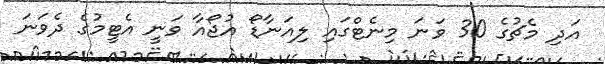
އަދި މެޗުގެ 30 ވަނަ މިނެޓްގައި ލިއަނާޑޯ އުޖޯއާ ވަނީ އެޓީމުގެ ދެވަނަ